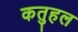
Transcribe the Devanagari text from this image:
कतुहल